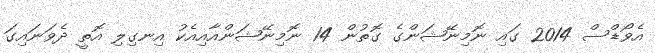
އެވޯޑްސް 2014 ގައި ނޮމިނޭޝަންގެ ގޮތުން 14 ނޮމިނޭޝަންއާއިއެކު އިނގިލި އޮތީ ދެވަނައިގަ